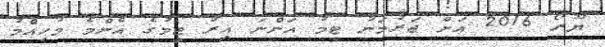
ޔޫރޯ 2016 އަށް ޖަރުމަނު ޓީމު އަންނަ އިރު ޓީމުގެ އެންމެ މުހިއްމު